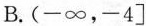
B. (-∞，-4]